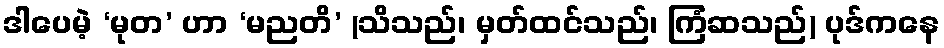
ဒါပေမဲ့ ‘မုတ’ ဟာ ‘မညတိ’ (သိသည်၊ မှတ်ထင်သည်၊ ကြံဆသည်) ပုဒ်ကနေ